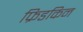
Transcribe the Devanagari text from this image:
फ्रिडकिन